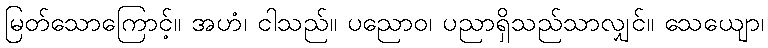
မြတ်သောကြောင့်။ အဟံ၊ ငါသည်။ ပညောဝ၊ ပညာရှိသည်သာလျှင်။ သေယျော၊